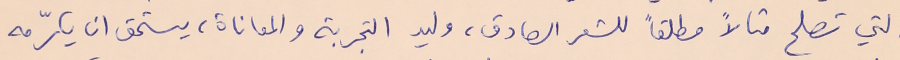
التي تصلح مثالاً مطلقاً للشعر الصادق، وليد التجربة والمعاناة، يستحق ان يكرّمه